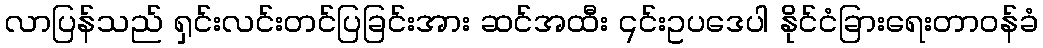
လာပြန်သည် ရှင်းလင်းတင်ပြခြင်းအား ဆင်အထီး ၎င်းဥပဒေပါ နိုင်ငံခြားရေးတာဝန်ခံ